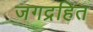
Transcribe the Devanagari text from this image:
जगद्रहित